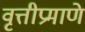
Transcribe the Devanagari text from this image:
वृत्तीप्रमाणे